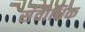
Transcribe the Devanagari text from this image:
संवौधिक